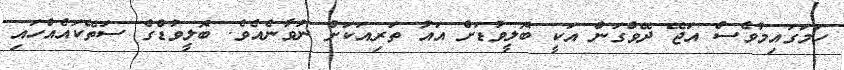
ހަމަގައިމުވެސް އަޖޭ ދޭވްގަން އަކީ ބޮލީވުޑަށް އައު ތަރިއަކަށް ނުވާނެއެވެ. ބޮލީވުޑްގެ ސަތޭކައެއްހައި